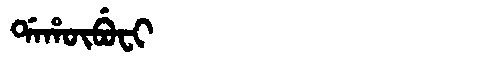
Manchu: ᡩᠠᡥᡡᠪᡠᠸᡳ
Romanization: DAHŪBUFI